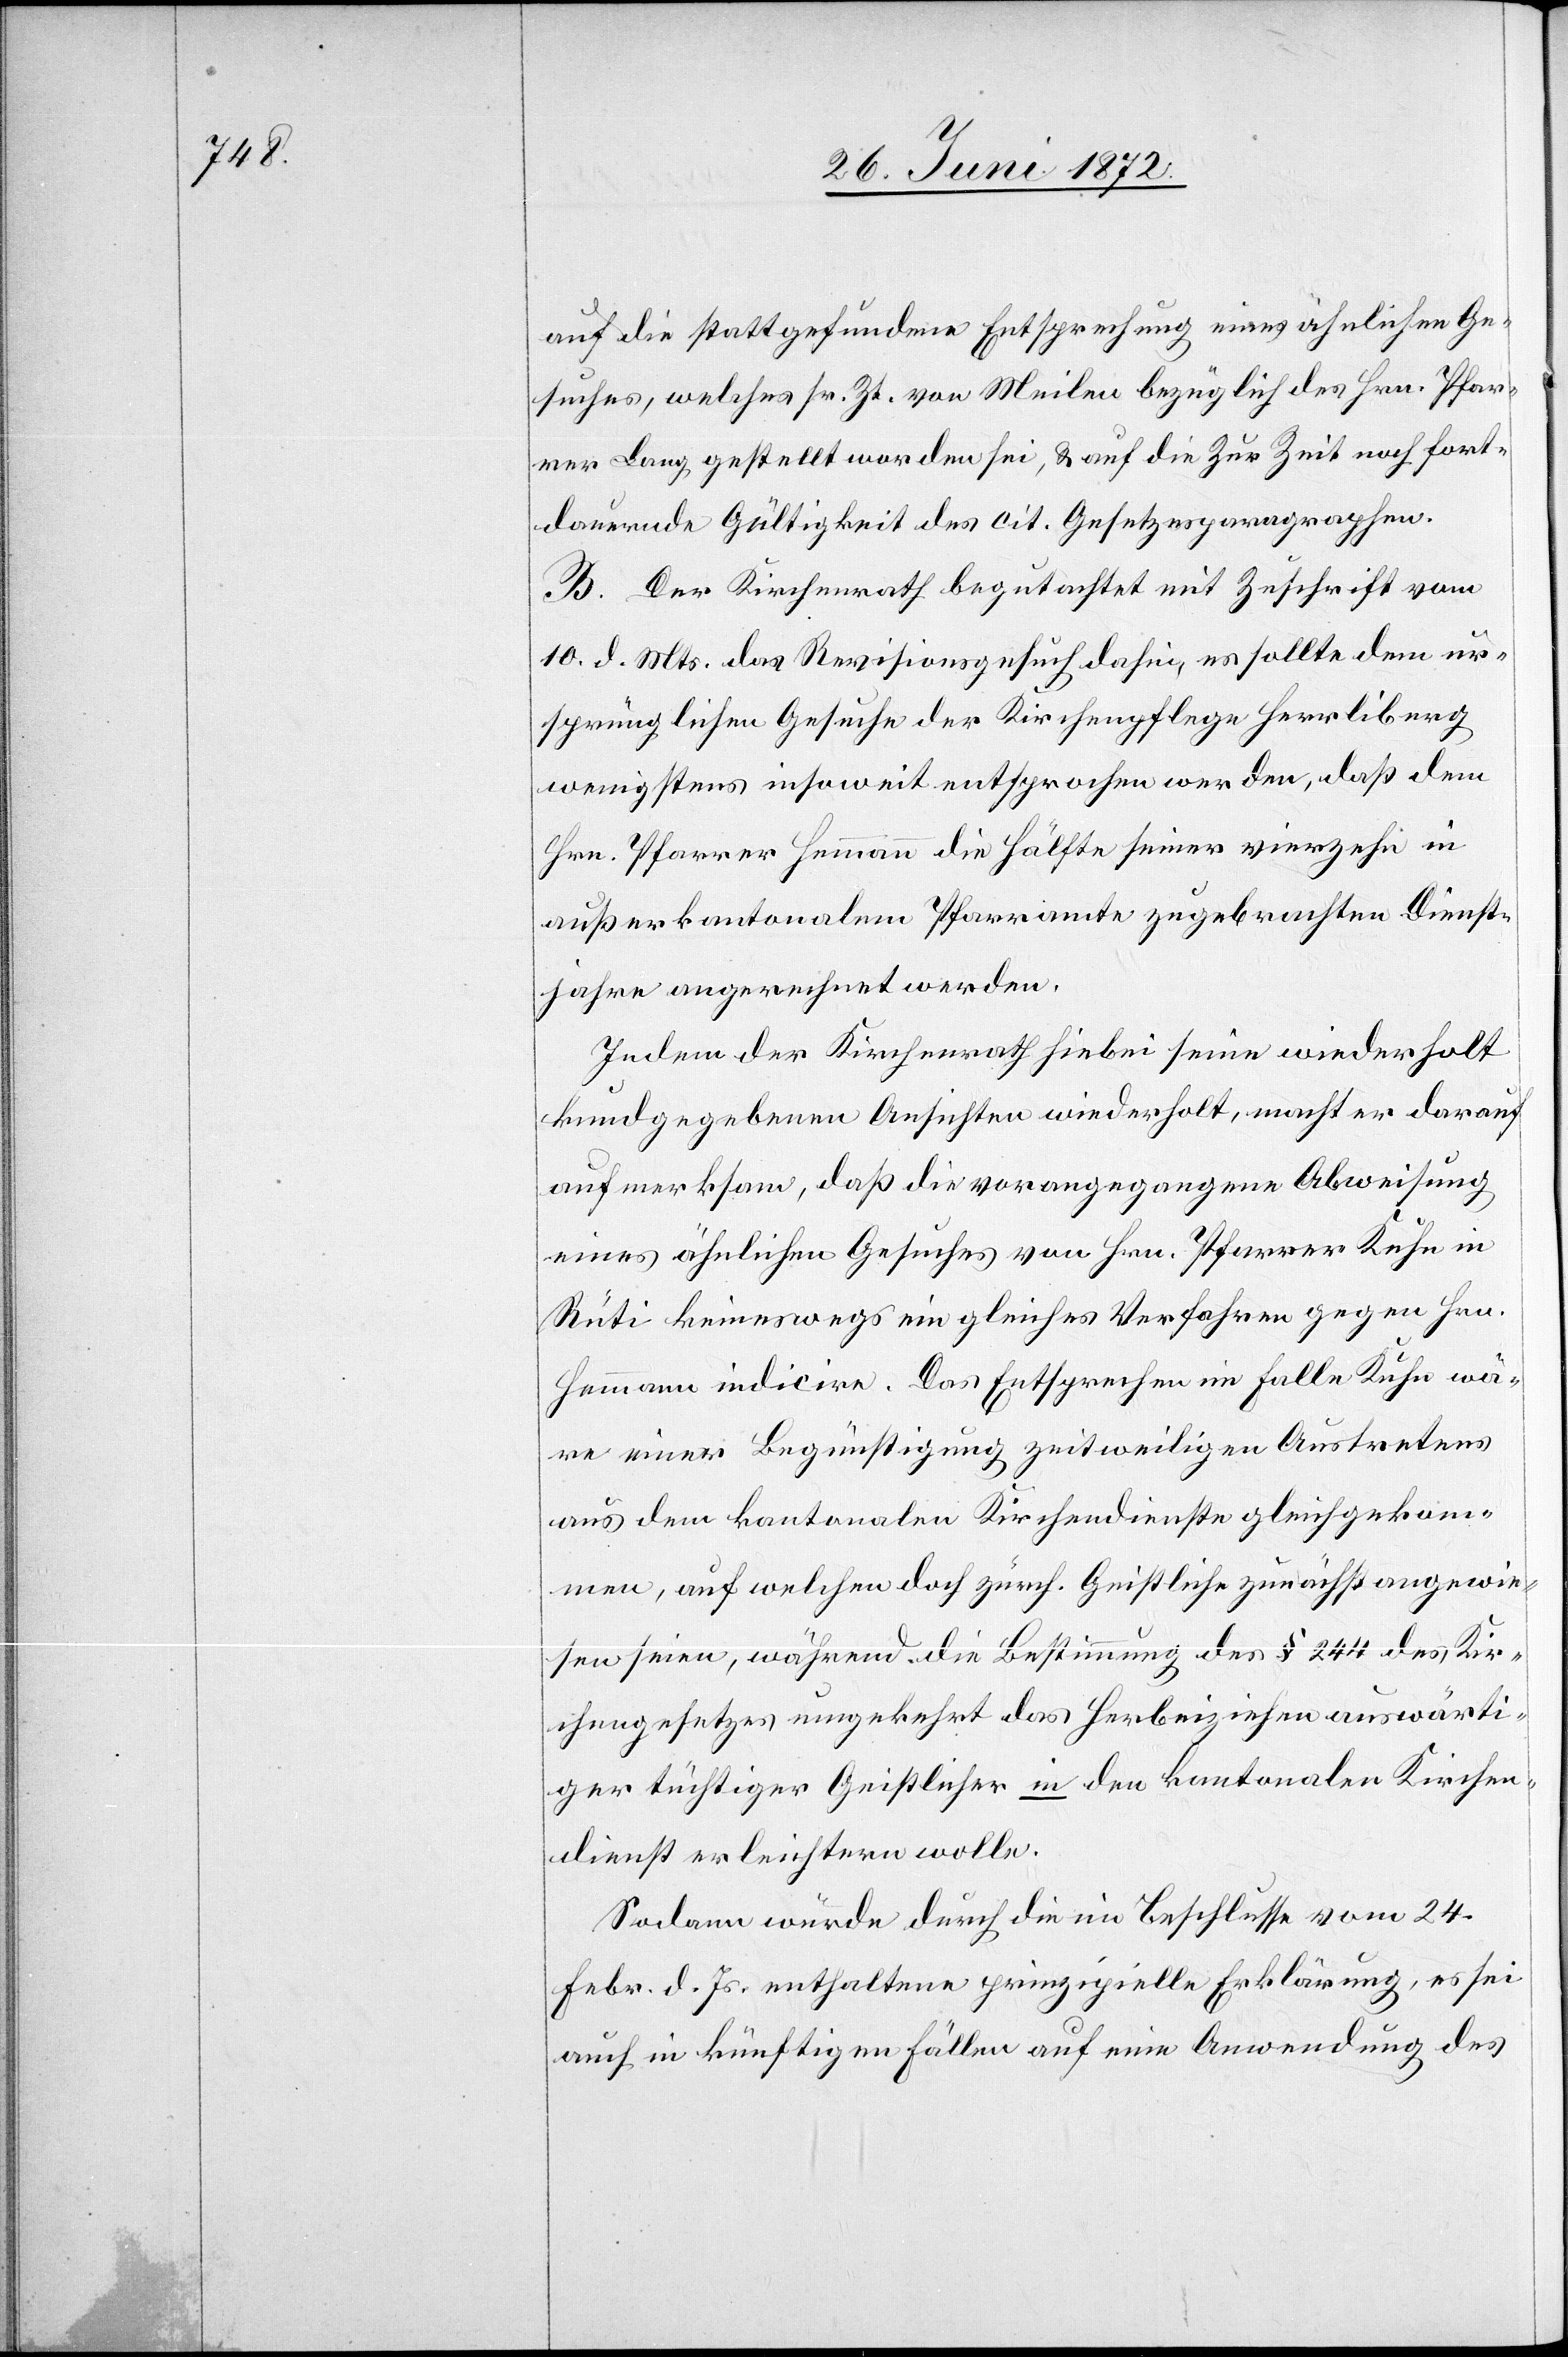
auf die stattgefundene Entsprechung eines ähnlichen Ge¬
suches, welches sr. Zt. von Meilen bezüglich des Hrn. Pfar¬
rer Lang gestellt worden sei, u. auf die Zur Zeit [sic!] noch fort¬
dauernde Gültigkeit des cit. Gesetzesparagraphen.
B. Der Kirchenrath begutachtet mit Zuschrift vom
10. d. Mts. das Revisionsgesuch dahin, es sollte dem ur¬
sprünglichen Gesuche der Kirchenpflege Herrliberg
wenigstens insoweit entsprochen werden, daß dem
Hrn. Pfarrer Hemmann die Hälfte seiner vierzehn in
außerkantonalem Pfarramte zugebrachten Dienst¬
jahre angerechnet werden.
Indem der Kirchenrath hiebei seine wiederholt
kundgegebenen Ansichten wiederholt, macht er darauf
aufmerksam, daß die vorangegangene Abweisung
eines ähnlichen Gesuches von Hrn. Pfarrer Kuhn in
Rüti keineswegs ein gleiches Verfahren gegen Hrn.
Hemmann indicire. Das Entsprechen im Falle Kuhn wä¬
re einer Begünstigung zeitweiligen Austretens
aus dem kantonalen Kirchendienste gleichgekom¬
men, auf welchen doch zürch. Geistliche zunächst angewie¬
sen seien, während die Bestimmung des § 244 des Kir¬
chengesetzes umgekehrt das Herbeiziehen auswärti¬
ger tüchtiger Geistlicher in den kantonalen Kirchen¬
dienst erleichtern wolle.
Sodann würde durch die im Beschlusse vom 24.
Febr. d. Js. enthaltene prinzipielle Erklärung, es sei
auch in künftigen Fällen auf eine Anwendung des